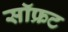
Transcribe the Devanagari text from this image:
सॉफ्रट